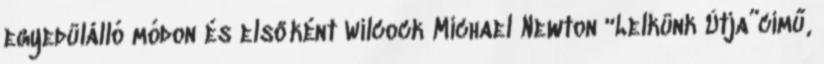
egyedülálló módon és elsőként Wilcock Michael Newton “Lelkünk Útja”című,